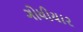
ગોધીયાર